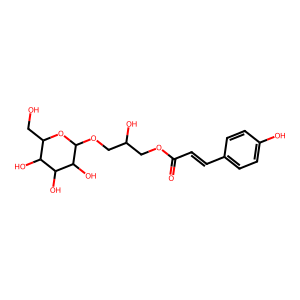
SMILES: O=C(C=Cc1ccc(O)cc1)OCC(O)COC1OC(CO)C(O)C(O)C1O
Inhibits HIV replication: No